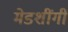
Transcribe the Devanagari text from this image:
मेडशींगी